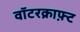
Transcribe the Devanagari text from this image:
वॉटरक्राफ़्ट